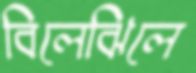
বিলেঝিলে